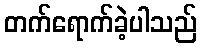
တက်ရောက်ခဲ့ပါသည်